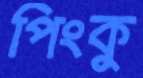
পিংকু